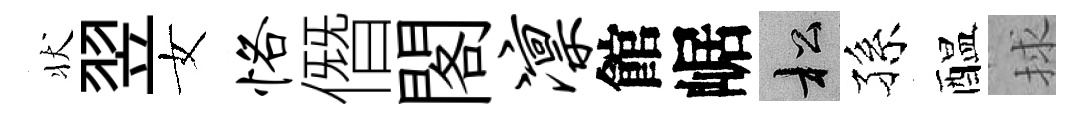
状翌女恪僭閣凛館崌松孫醖捄